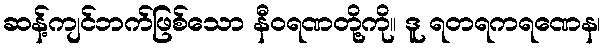
ဆန့်ကျင်ဘက်ဖြစ်သော နီဝရဏတို့ကို။ ဒူ ရတရကရဏေန၊